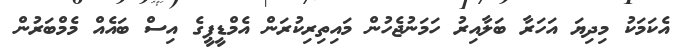
އެކަމަކު މިދިޔަ އަހަރާ ބަލާއިރު ހަމަނުޖެހުން މައިތިރިކުރަން އެމްޑީޕީގެ އިސް ބައެއް މެމްބަރުން